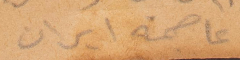
(٢) عاصمة ايران